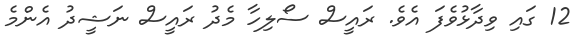
12 ގައި ވިދާޅުވެފަ އެވެ. ރައީސް ސޯލިހާ މެދު ރައީސް ނަޝީދު އެންމެ